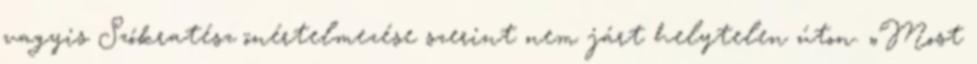
vagyis Szókratész önértelmezése szerint nem járt helytelen úton. „Most